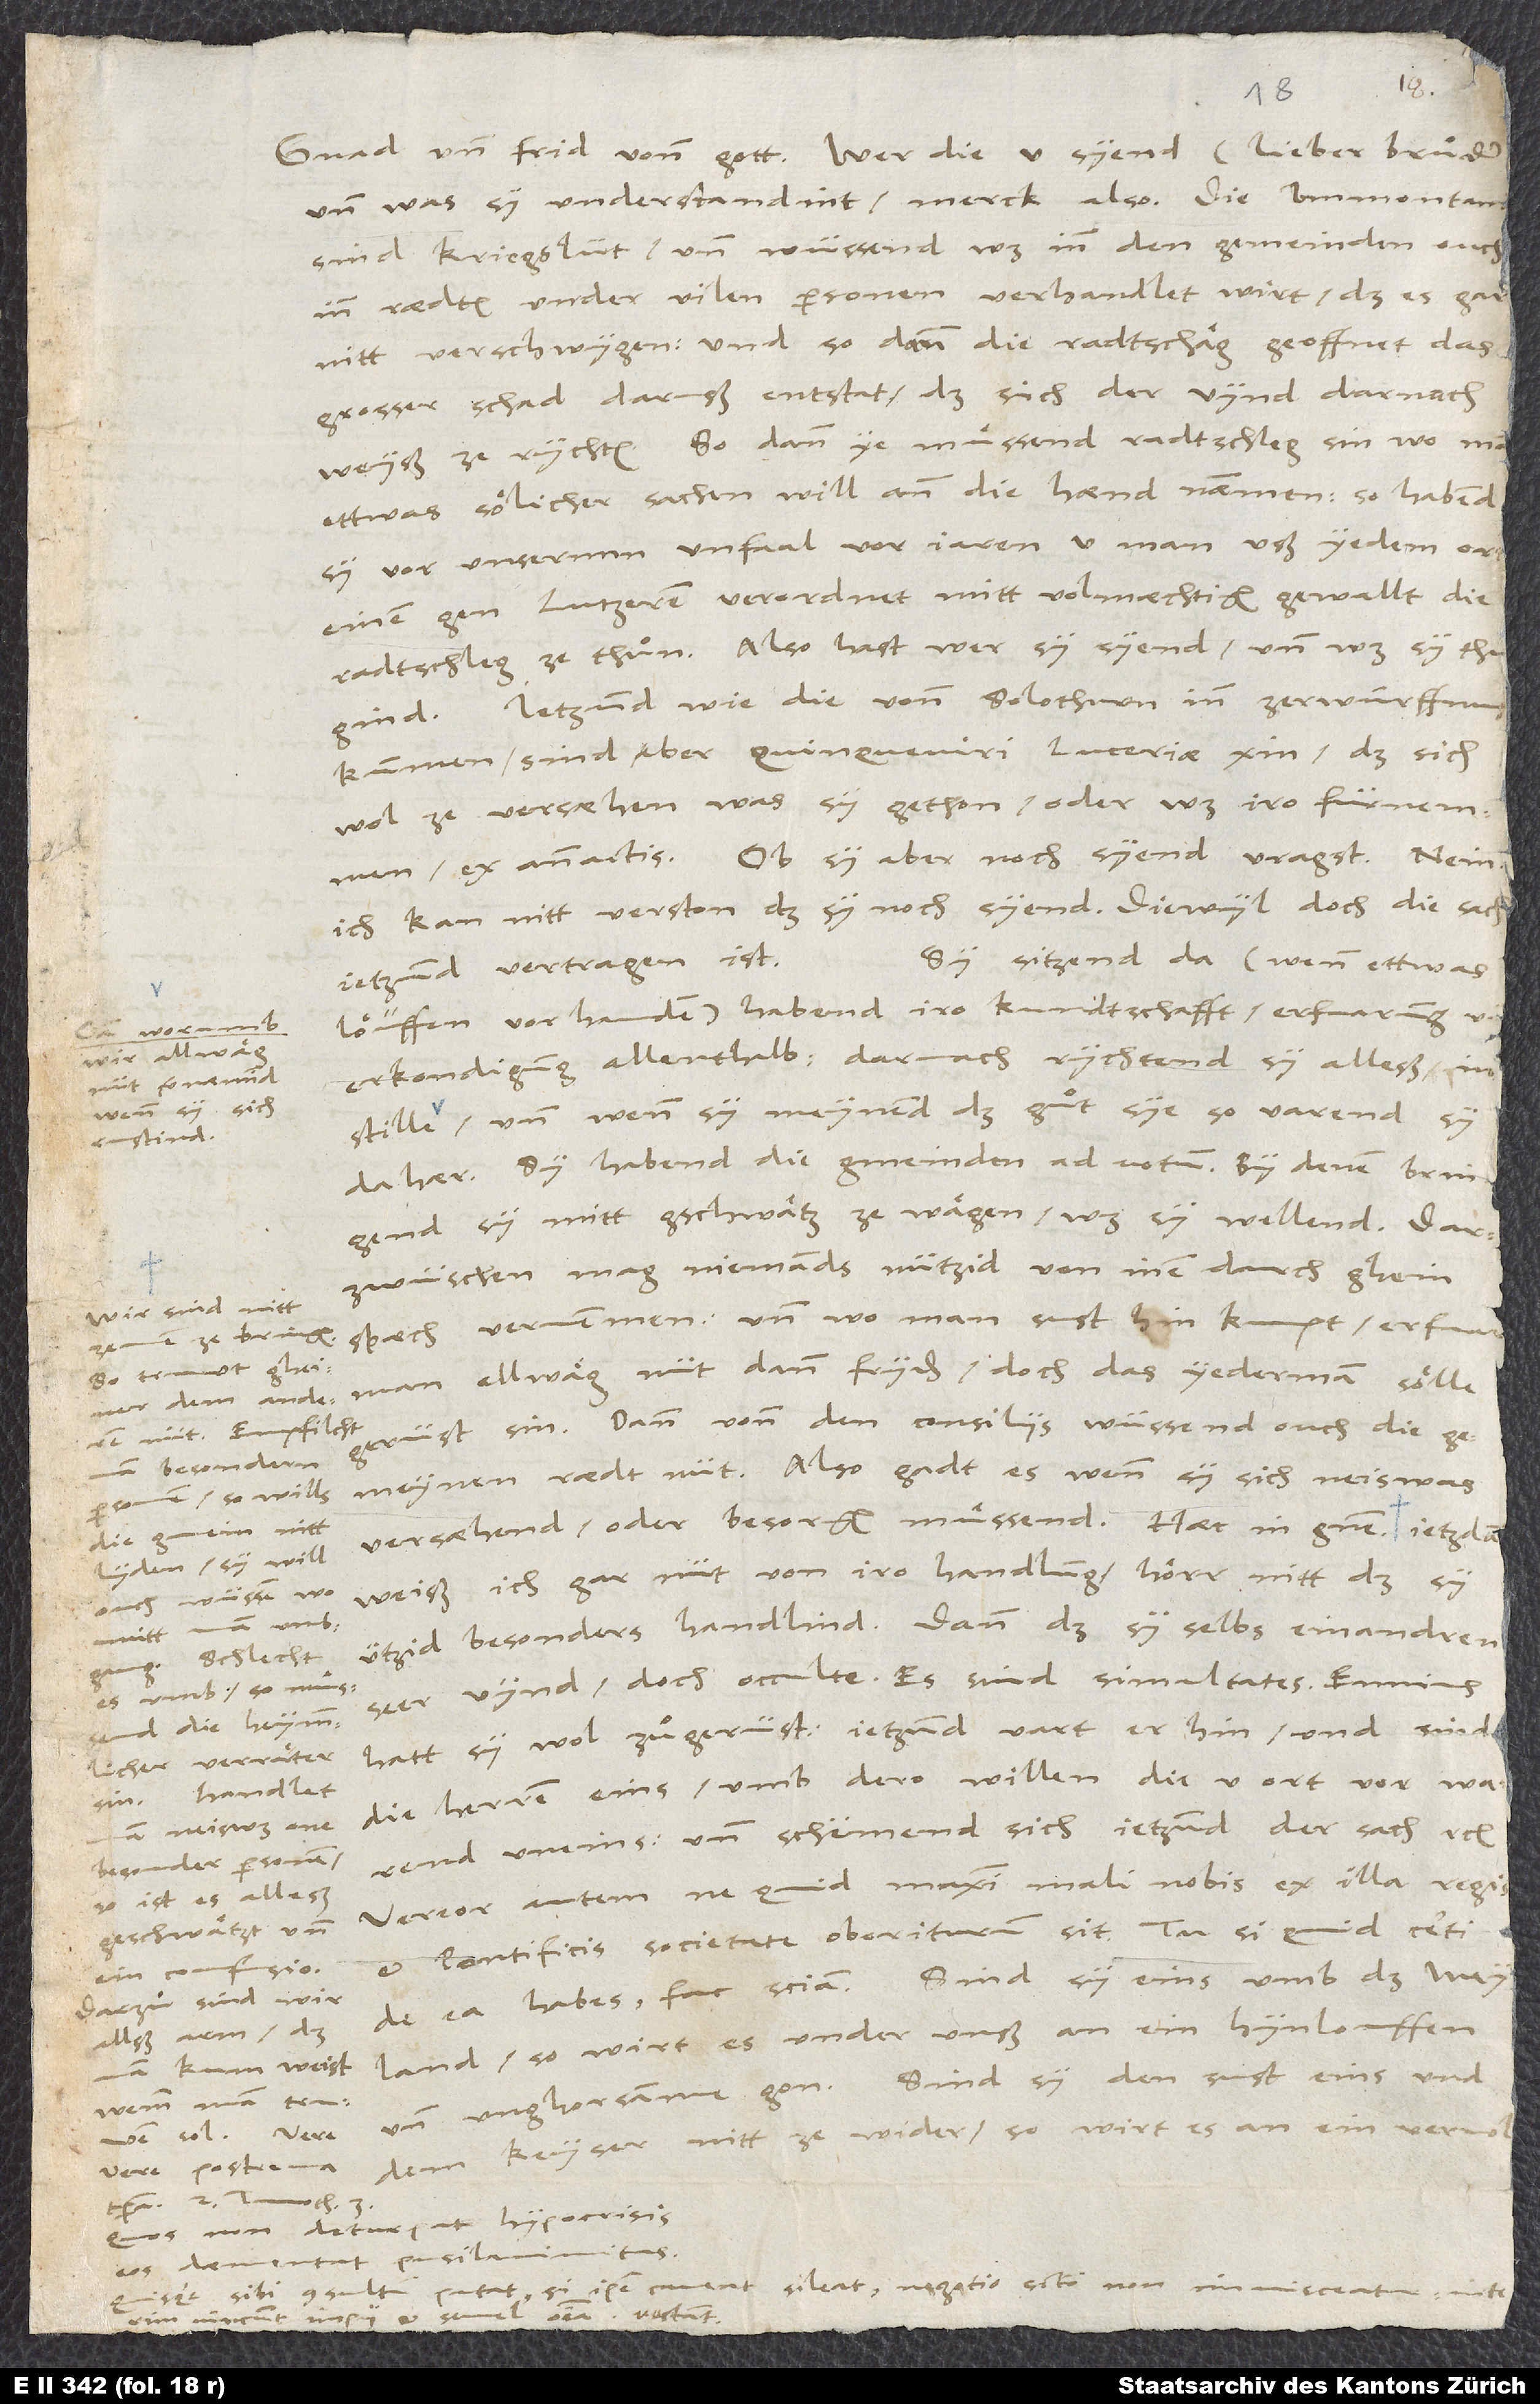
und was sy understandint, merck also. Die Immontani
sind kriegslüt und wüssend, was inn den gemeinden, ouch
inn rädten under vilen personen verhandlet wirt, daß es gar
nitt verschwygen, und so dann die radtschläg geoffnet, das
grosser schad daruß entstat, das sich der vynd darnach
weyß ze rychten. So dann ye muͤssend radtschleg sin, wo man
ettwas sölicher sachen will ann die hand nämmen, so habend
sy vor unsermm unfaal vor jaren 5 man, uß yedem ort
einen, gen Lutzeren verordnet mitt volmächtigem gewallt, die
radtschleg ze thuͦn. Also hast, wer sy syend und was sy thuͤgind.
Jetzund, wie die vonn Solothurn in zerwürffnus
kummen, sind aber quinqueviri Luceriae xin, daß sich
wol ze versähen, was sy gethon, oder was iro fürnemmen,
ex ante actis. Ob sy aber noch syend, vragst. Nein,
ich kan nitt verston, daß sy noch syend, diewyl doch die sach
Sy sitzend da (wenn ettwas
jetzund vertragen ist.
löüffen vorhanden), habend iro kundtschafft, erfaarung und
worumb
wir allwäg
erkondigung allenthalb. Darnach rychtend sy alleß in
nüt vernämind,
wenn sy sich
wenn sy meynend, daß guͦt sye, so varend sy
rustind,
dahär. Sy habend die gmeinden ad votum. By denen bringend
sy mitt gschwätz ze wägen, was sy wellend.
Darzwüschen mag niemands nützid von inen durch ghein
Wir sind nitt
späch vernemmen, und wo man sust hin kumpt, erfaart
zemen ze bringen.
So truwt gheiner
man allwäg nüt dann fryden, doch das yederman sölle
gerüst sin. Dann vonn den consiliis wüssend ouch die
nüt. Empfilcht
besondern
gemeynen rädt nüt. Also gadt es, wenn sy sich neiswas
personen, so wills
versähend oder besorgen muͤssend. Haec in genere.
die gmein nitt
lyden; sy will
weiß ich gar nüt von iro handlung, hörr nitt, daß sy
ouch wüssen, womitt
ützid besonders handlind, dann daß sy selbs einandren
mitt
Schlecht
seer vynd, doch occulte. Es sind simultates.
es umb, so muͤssend
hatt sy wol zuͦgerüst. Jetzund van er hin, und sind
verräter
die herren eins, umb dero willen die 5 ort vor warend
sin. Handlet
man neiswas one
so ist es alleß
et pontificis societate oboriturum sit. Tu si quid certi
Darzuͦ sind wir
wemm man truwen
dem keyser nitt zewider, so wirt es an ein vervolgen
Quisque sibi consultum putat, si ipse caveat, sileat, negotio sancto non immisceatur.
Interim vincunt impii et semel omnia vectant.